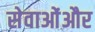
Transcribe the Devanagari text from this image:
सेवाओंऔर